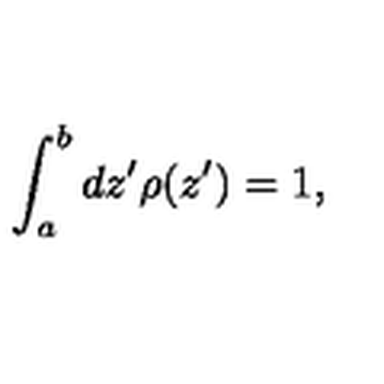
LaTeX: \int _ { a } ^ { b } d z ^ { \prime } \rho ( z ^ { \prime } ) = 1 ,